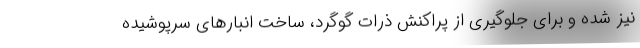
نیز شده و برای جلوگیری از پراکنش ذرات گوگرد، ساخت انبارهای سرپوشیده